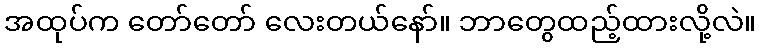
အထုပ်က တော်တော် လေးတယ်နော်။ ဘာတွေထည့်ထားလို့လဲ။